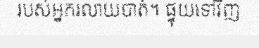
របស់អ្នករលាយបាត់។ ផ្ទុយទៅវិញ